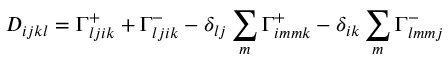
D _ { i j k l } = \Gamma _ { l j i k } ^ { + } + \Gamma _ { l j i k } ^ { - } - \delta _ { l j } \sum _ { m } \Gamma _ { i m m k } ^ { + } - \delta _ { i k } \sum _ { m } \Gamma _ { l m m j } ^ { - }